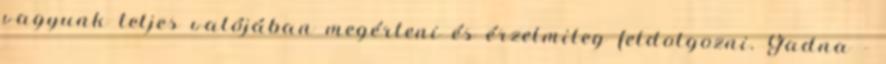
vagyunk teljes valójában megérteni és érzelmileg feldolgozni. Gadna -